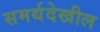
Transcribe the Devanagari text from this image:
समर्थदेखील